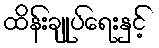
ထိန်းချုပ်ရေးနှင့်